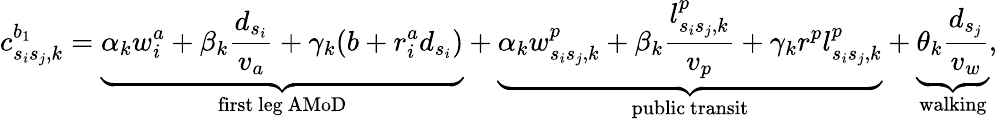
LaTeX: c_{s_{i}s_{j},k}^{b_{1}}=\underbrace{\alpha_{k}w_{i}^{a}+\beta_{k}\frac{d_{s_{i}}}{v_{a}}+\gamma_{k}(b+r_{i}^{a}d_{s_{i}})}_{\mathrm{first~leg~AMoD}}+\underbrace{\alpha_{k}w_{s_{i}s_{j},k}^{p}+\beta_{k}\frac{l_{s_{i}s_{j},k}^{p}}{v_{p}}+\gamma_{k}r^{p}l_{s_{i}s_{j},k}^{p}}_{\mathrm{public~transit}}+\underbrace{\theta_{k}\frac{d_{s_{j}}}{v_{w}}}_{\mathrm{walking}},